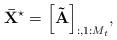
LaTeX: \begin{align*} {{\bf{\bar X}}^{\star}} = {\left[ {{\bf{\tilde A}}} \right]_{:,1:{M_t}}}, \end{align*}